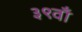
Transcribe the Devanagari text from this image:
३९वाँ